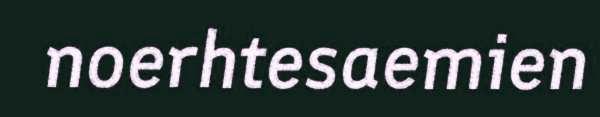
noerhtesaemien